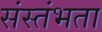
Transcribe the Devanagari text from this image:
संस्तंभता